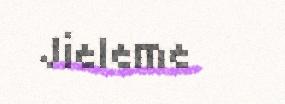
Jieleme